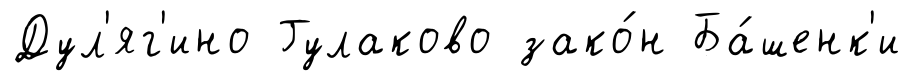
Дул'яг'ино Гулаково зако́н Ба́шенк'и